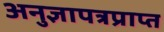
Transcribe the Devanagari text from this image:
अनुज्ञापत्रप्राप्त